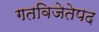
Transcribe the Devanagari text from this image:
गतविजेतेपद